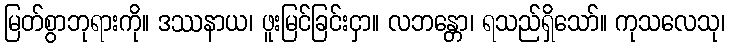
မြတ်စွာဘုရားကို။ ဒဿနာယ၊ ဖူးမြင်ခြင်းငှာ။ လဘန္တော၊ ရသည်ရှိသော်။ ကုသလေသု၊